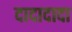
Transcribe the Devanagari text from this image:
दादादादा